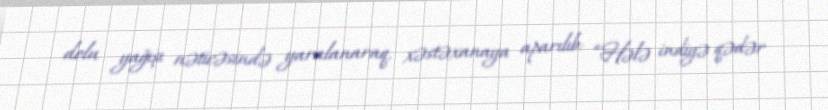
dolu yağışı nəticəsində yaralanaraq, xəstəxanaya aparılıb: “Hələ indiyə qədər